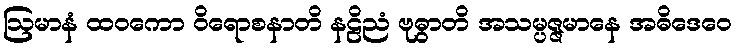
ဩမာနံ ထဝကော ဝိရောစနာတိ နဠိညံ ဗုဓွာတိ အသမ္ပဇ္ဇမာနေ အဓိဒေဝေ